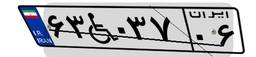
۸۶W۹۸۴۴۲